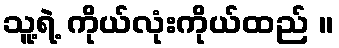
သူ့ရဲ့ ကိုယ်လုံးကိုယ်ထည် ။